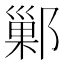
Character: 鄛